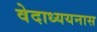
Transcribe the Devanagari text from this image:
वेदाध्ययनास